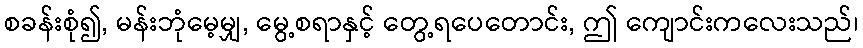
စခန်းစုံ၍, မန်းဘုံမေ့မျှ, မွေ့စရာနှင့် တွေ့ရပေတောင်း, ဤ ကျောင်းကလေးသည်၊